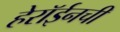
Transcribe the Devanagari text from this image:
हेरॉईनची